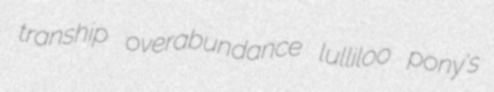
tranship overabundance lulliloo pony's